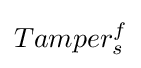
Tamper_{s}^{f}